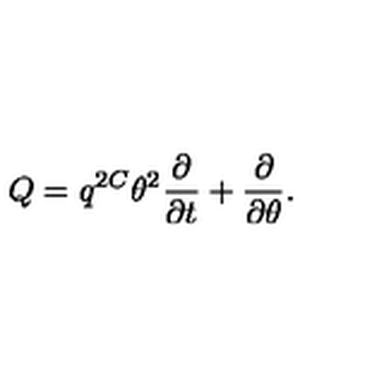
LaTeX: Q = q ^ { 2 C } \theta ^ { 2 } \frac { \partial } { \partial t } + \frac { \partial } { \partial \theta } .